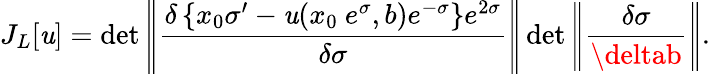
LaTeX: J_{L}[\mathit{u}]=\operatorname*{det}\left|\! \left|\frac{{\delta\left\{ x_{0}\sigma^{\prime}-\mathit{u}(x_{0}~e^{\sigma},b)e^{-\sigma}\right\} e^{2\sigma}}}{{\delta\sigma}}\right|\! \right|\operatorname*{det}\left|\! \left|\frac{{\delta\sigma}}{{\deltab}}\right|\! \right|.